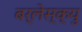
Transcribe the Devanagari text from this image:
बर्लेस्क्यु